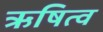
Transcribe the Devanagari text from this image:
ऋषित्व